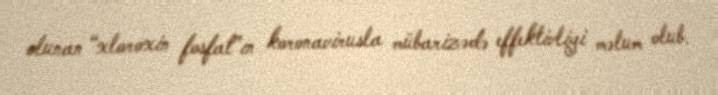
olunan “xloroxin fosfat”ın koronavirusla mübarizədə effektivliyi məlum olub.